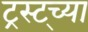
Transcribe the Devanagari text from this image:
ट्रस्ट्च्या